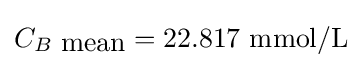
C_{B{\mbox{ mean}}}=22.817{\mbox{ mmol/L}}